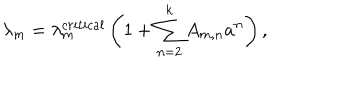
\lambda _ { m } = \lambda _ { m } ^ { c r i t i c a l } \left( 1 + \sum _ { n = 2 } ^ { k } A _ { m , n } a ^ { n } \right) ,